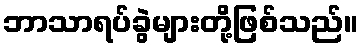
ဘာသာရပ်ခွဲများတို့ဖြစ်သည်။